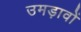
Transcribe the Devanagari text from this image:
उमड़ावों